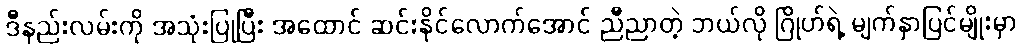
ဒီနည်းလမ်းကို အသုံးပြုပြီး အထောင် ဆင်းနိုင်လောက်အောင် ညီညာတဲ့ ဘယ်လို ဂြိုဟ်ရဲ့ မျက်နှာပြင်မျိုးမှာ